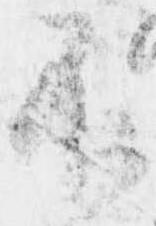
不